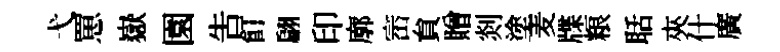
弋罳嶽園告飣翩印廓崈貟贈剡塗麦牒粮聒夾什廣